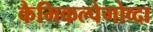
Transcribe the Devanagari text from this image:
कैमिकल्पेगोव्दा